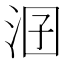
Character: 𣳲